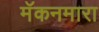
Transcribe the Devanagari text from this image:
मॅकनमारा